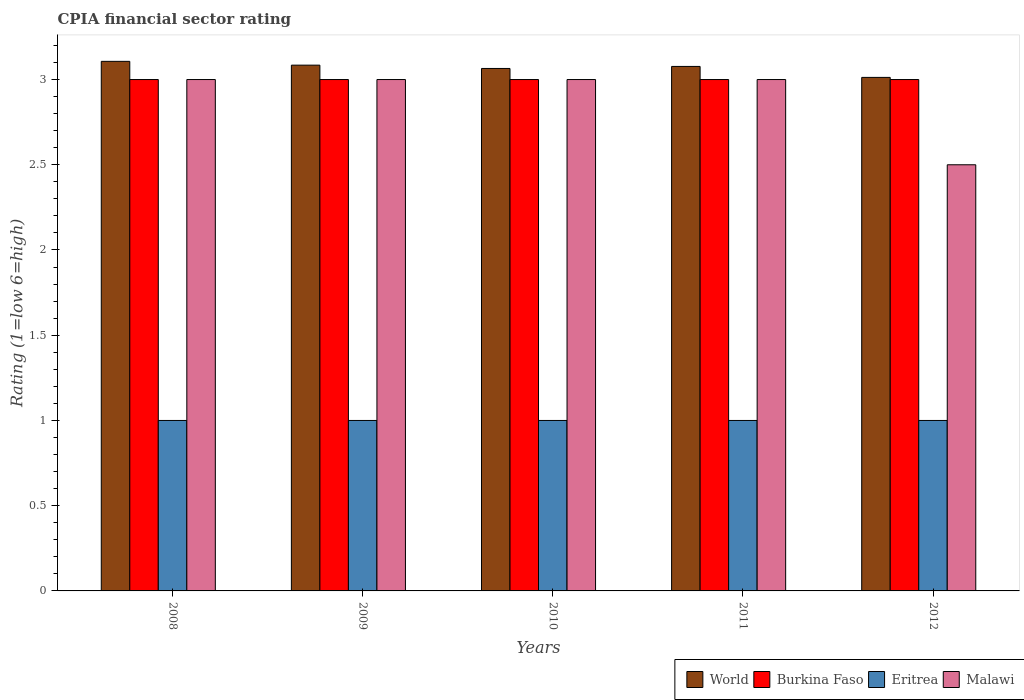
| Years | World | Burkina Faso | Eritrea | Malawi |
 | --- | --- | --- | --- | --- |
 | 2008 | 3.11 | 3 | 1 | 3 |
 | 2009 | 3.08 | 3 | 1 | 3 |
 | 2010 | 3.06 | 3 | 1 | 3 |
 | 2011 | 3.08 | 3 | 1 | 3 |
 | 2012 | 3.01 | 3 | 1 | 2.5 |